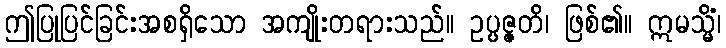
ဤပြုပြင်ခြင်းအစရှိသော အကျိုးတရားသည်။ ဥပ္ပဇ္ဇတိ၊ ဖြစ်၏။ ဣမသ္မိံ၊